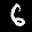
Label: 6